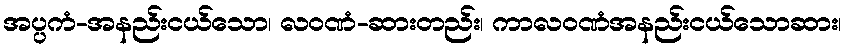
အပ္ပကံ-အနည်းငယ်သော၊ လဝဏံ-ဆားတည်း၊ ကာလဝဏံအနည်းငယ်သောဆား၊